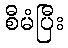
စီမံပြီး